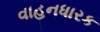
વાહનધારક